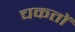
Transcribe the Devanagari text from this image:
चकतों